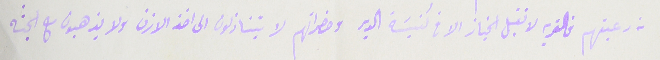
من رعيتهم فالقرية لا تقبل الجناز الا فى كنيسة الدير وحضراتهم لا يتنازلون الى اخذ الازن ولا يذهبون مع الجثه